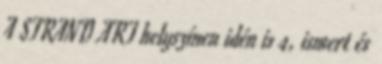
A STRAND ART helyszínen idén is 4, ismert és